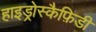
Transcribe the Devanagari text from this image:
हाइड्रोस्कैफ़िडी